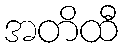
အတိထီ